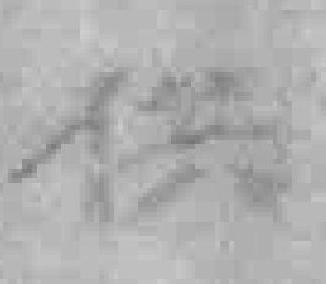
供